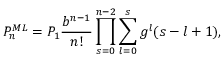
P _ { n } ^ { M L } = P _ { 1 } \frac { b ^ { n - 1 } } { n ! } \prod _ { s = 0 } ^ { n - 2 } \sum _ { l = 0 } ^ { s } g ^ { l } ( s - l + 1 ) ,